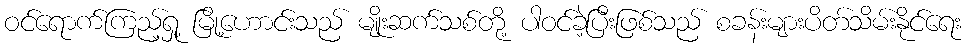
ဝင်ရောက်ကြည့်ရှု့ မြို့ဟောင်းသည် မျိုးဆက်သစ်တို့ ပါဝင်ခဲ့ပြီးဖြစ်သည် စခန်းများပိတ်သိမ်းနိုင်ရေး